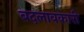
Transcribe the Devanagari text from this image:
बदलावकारी